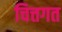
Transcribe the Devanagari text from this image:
चित्तगत